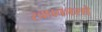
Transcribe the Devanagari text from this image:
स्वप्रकाशो